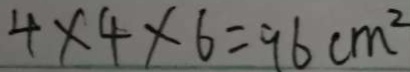
4 \times 4 \times 6 = 9 6 c m ^ { 2 }